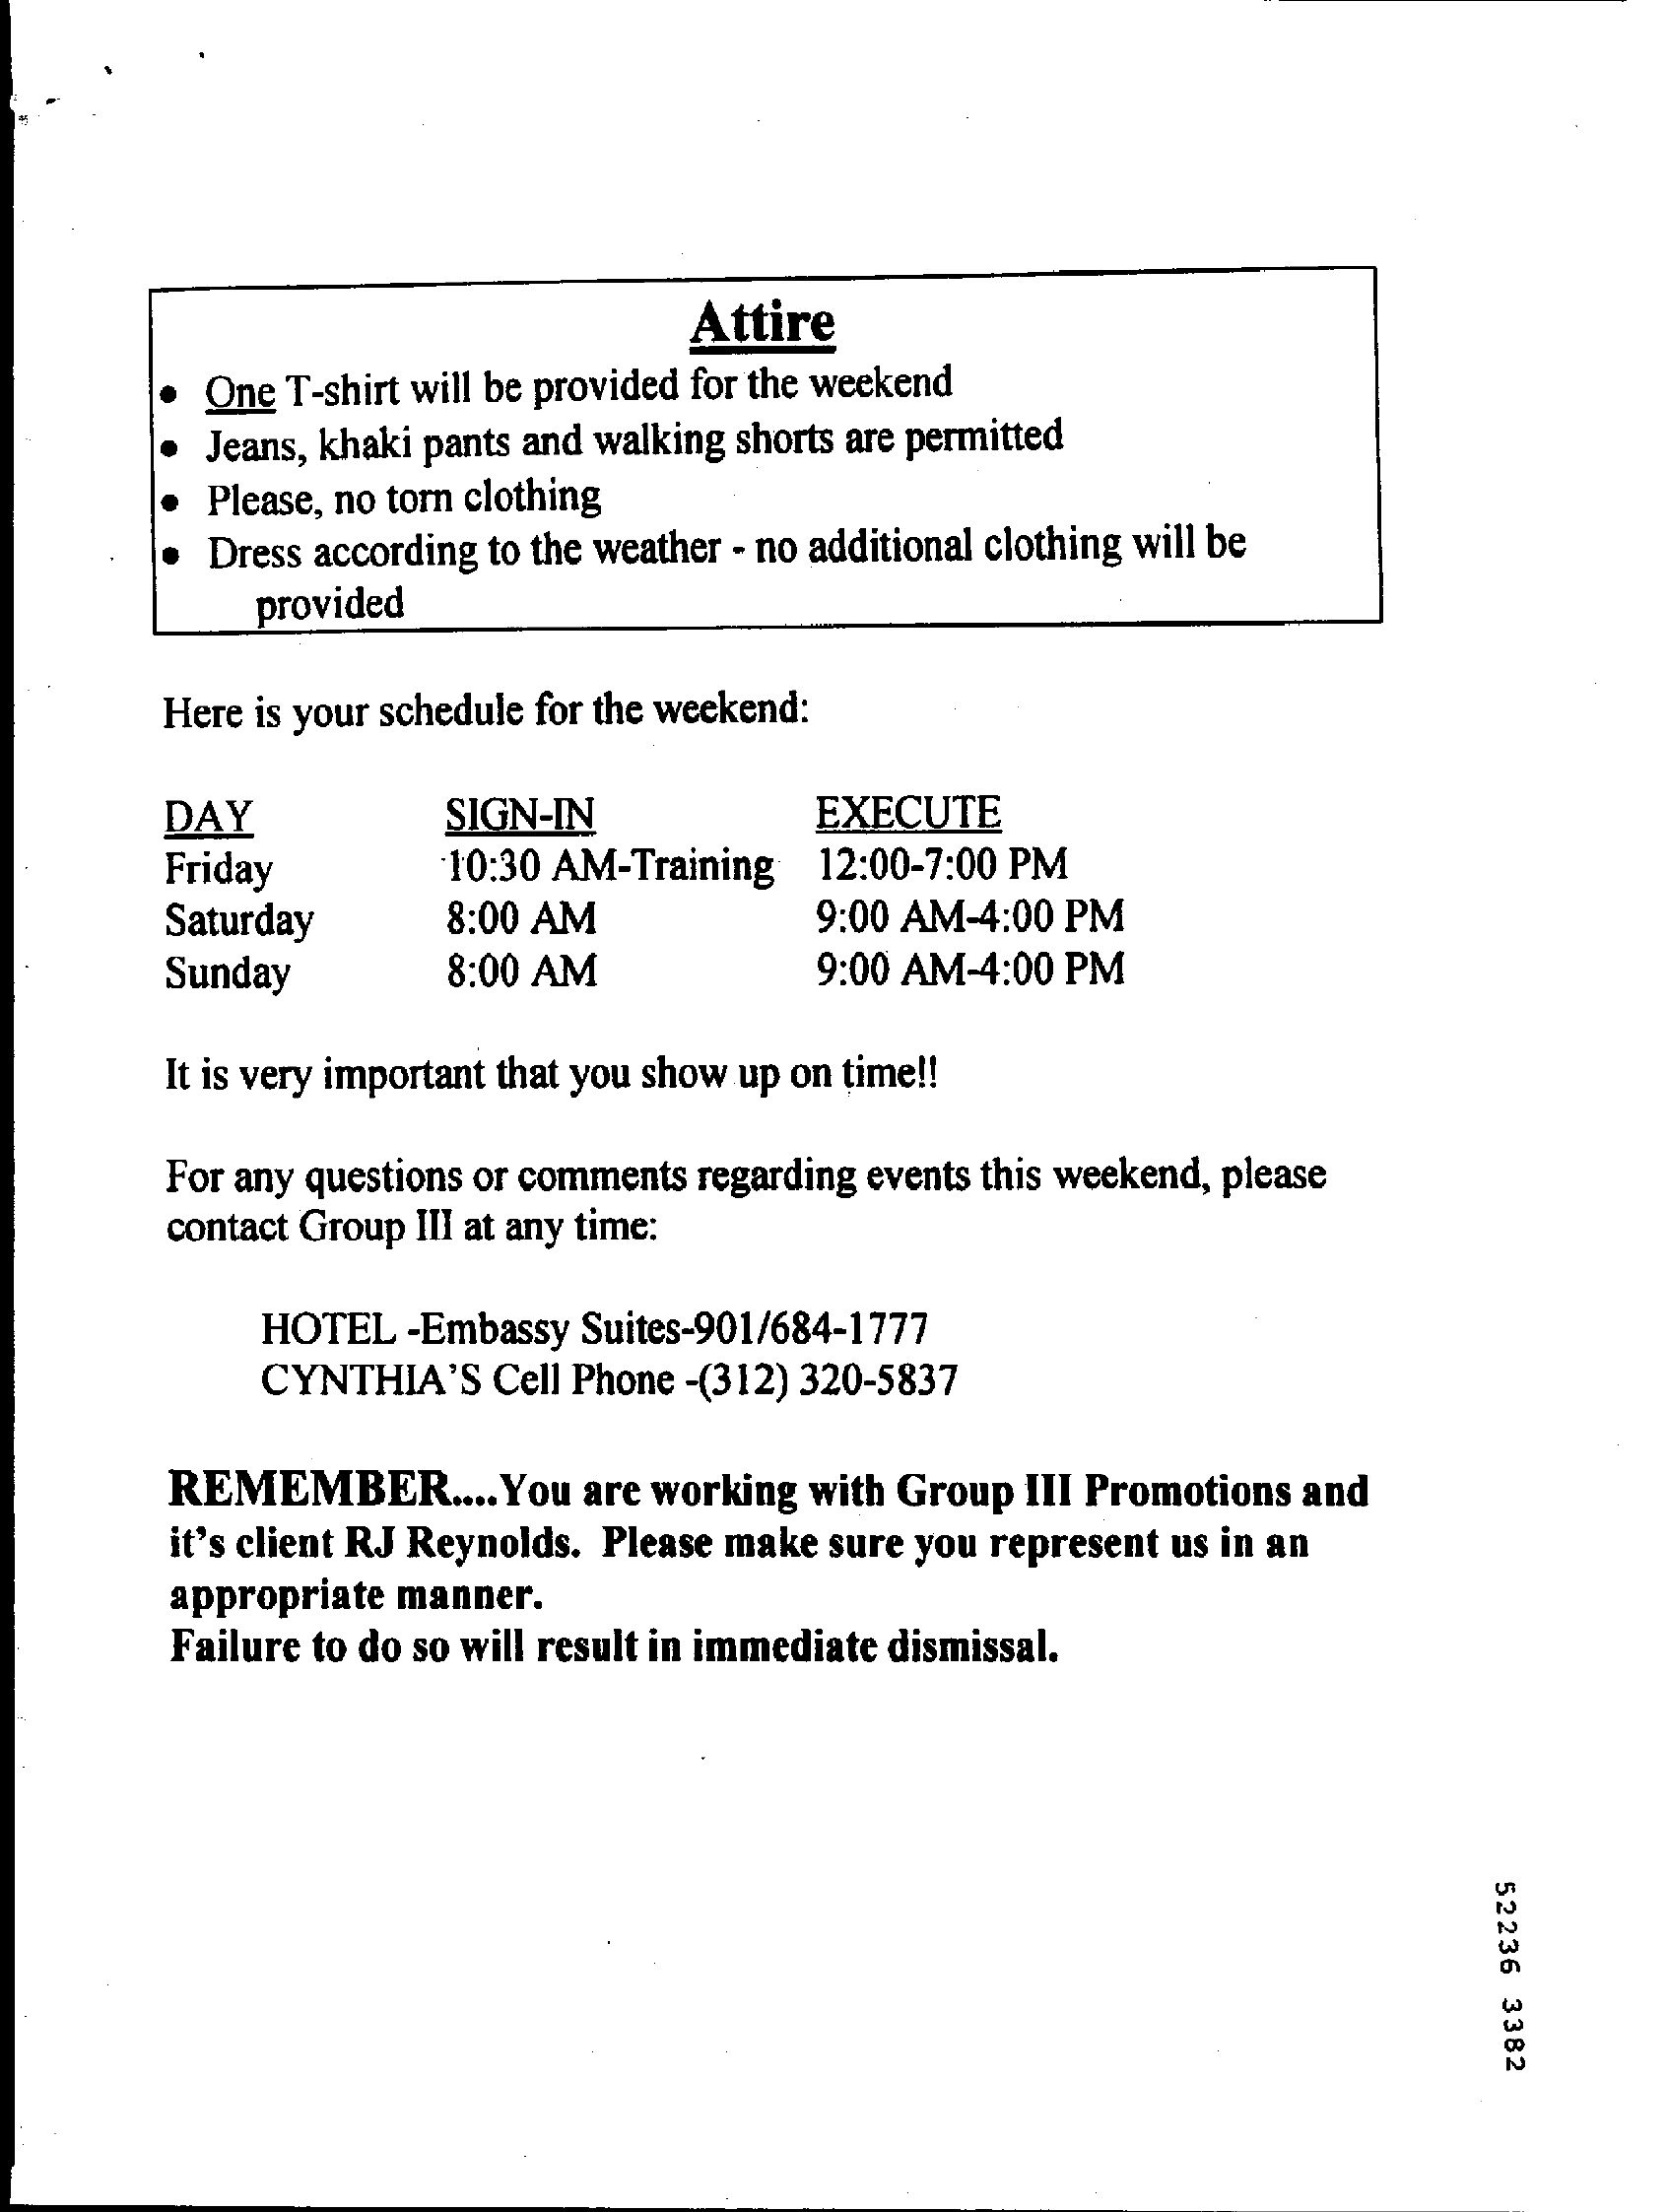
Attire
     One T-shirt will be provided for the weekend
     Jeans, khaki pants and walking shorts are permitted
     Please, no torn clothing
     Dress according to the weather - no additional clothing will be
     provided
     Here is your schedule for the weekend:
     DAY    SIGN-IN    EXECUTE
     Friday    10:30 AM-Training  12:00-7:00 PM
     Saturday    8:00 AM    9:00 AM-4:00 PM
     Sunday    8:00 AM    9:00 AM-4:00 PM
     It is very important that you show up on time !!
     For any questions or comments regarding events this weekend, please
     contact Group III at any time:
     HOTEL  -Embassy Suites-901/684-1777
     CYNTHIA'S   Cell Phone -(312) 320-5837
     REMEMBER    .... You are working with Group III Promotions and
     it's client RJ Reynolds. Please make sure you represent us in an
     appropriate manner.
     Failure to do so will result in immediate dismissal.
     52236
     3382